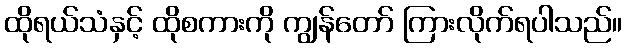
ထိုရယ်သံနှင့် ထိုစကားကို ကျွန်တော် ကြားလိုက်ရပါသည်။